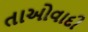
તાઓવાદી